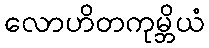
လောဟိတကုမ္ဘိယံ